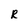
Character: R